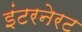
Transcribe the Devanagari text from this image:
इंटरनेरट